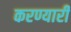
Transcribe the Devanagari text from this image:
करण्यारी